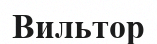
Вильтор